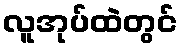
လူအုပ်ထဲတွင်